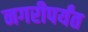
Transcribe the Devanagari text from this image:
नगरीपर्यंत